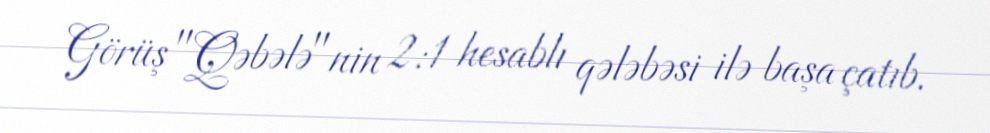
Görüş "Qəbələ"nin 2:1 hesablı qələbəsi ilə başa çatıb.